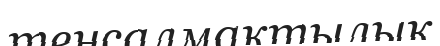
теңсалмақтылық